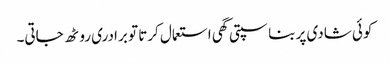
کوئی شادی پر بناسپتی گھی استعمال کرتا تو برادری روٹھ جاتی۔